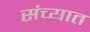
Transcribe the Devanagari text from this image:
संच्यात